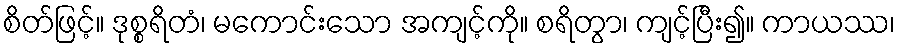
စိတ်ဖြင့်။ ဒုစ္စရိတံ၊ မကောင်းသော အကျင့်ကို။ စရိတွာ၊ ကျင့်ပြီး၍။ ကာယဿ၊